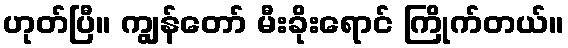
ဟုတ်ပြီ။ ကျွန်တော် မီးခိုးရောင် ကြိုက်တယ်။